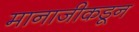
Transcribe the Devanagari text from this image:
मानाजीकडून